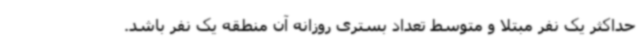
حداکثر یک نفر مبتلا و متوسط تعداد بستری روزانه آن منطقه یک نفر باشد.